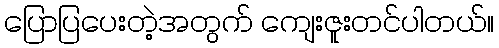
ပြောပြပေးတဲ့အတွက် ကျေးဇူးတင်ပါတယ်။